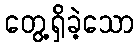
တွေ့ရှိခဲ့သော